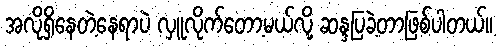
အလိုရှိနေတဲ့နေရာပဲ လှူလိုက်တော့မယ်လို့ ဆန္ဒပြခဲ့တာဖြစ်ပါတယ်။